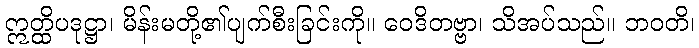
ဣတ္ထိပဒုဋ္ဌာ၊ မိန်းမတို့၏ပျက်စီးခြင်းကို။ ဝေဒိတဗ္ဗာ၊ သိအပ်သည်။ ဘဝတိ၊